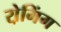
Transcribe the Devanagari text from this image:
रो़मिंग